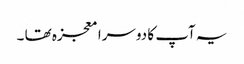
یہ آپ کا دوسرا معجزہ تھا ۔